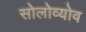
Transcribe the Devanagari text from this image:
सोलोव्योव